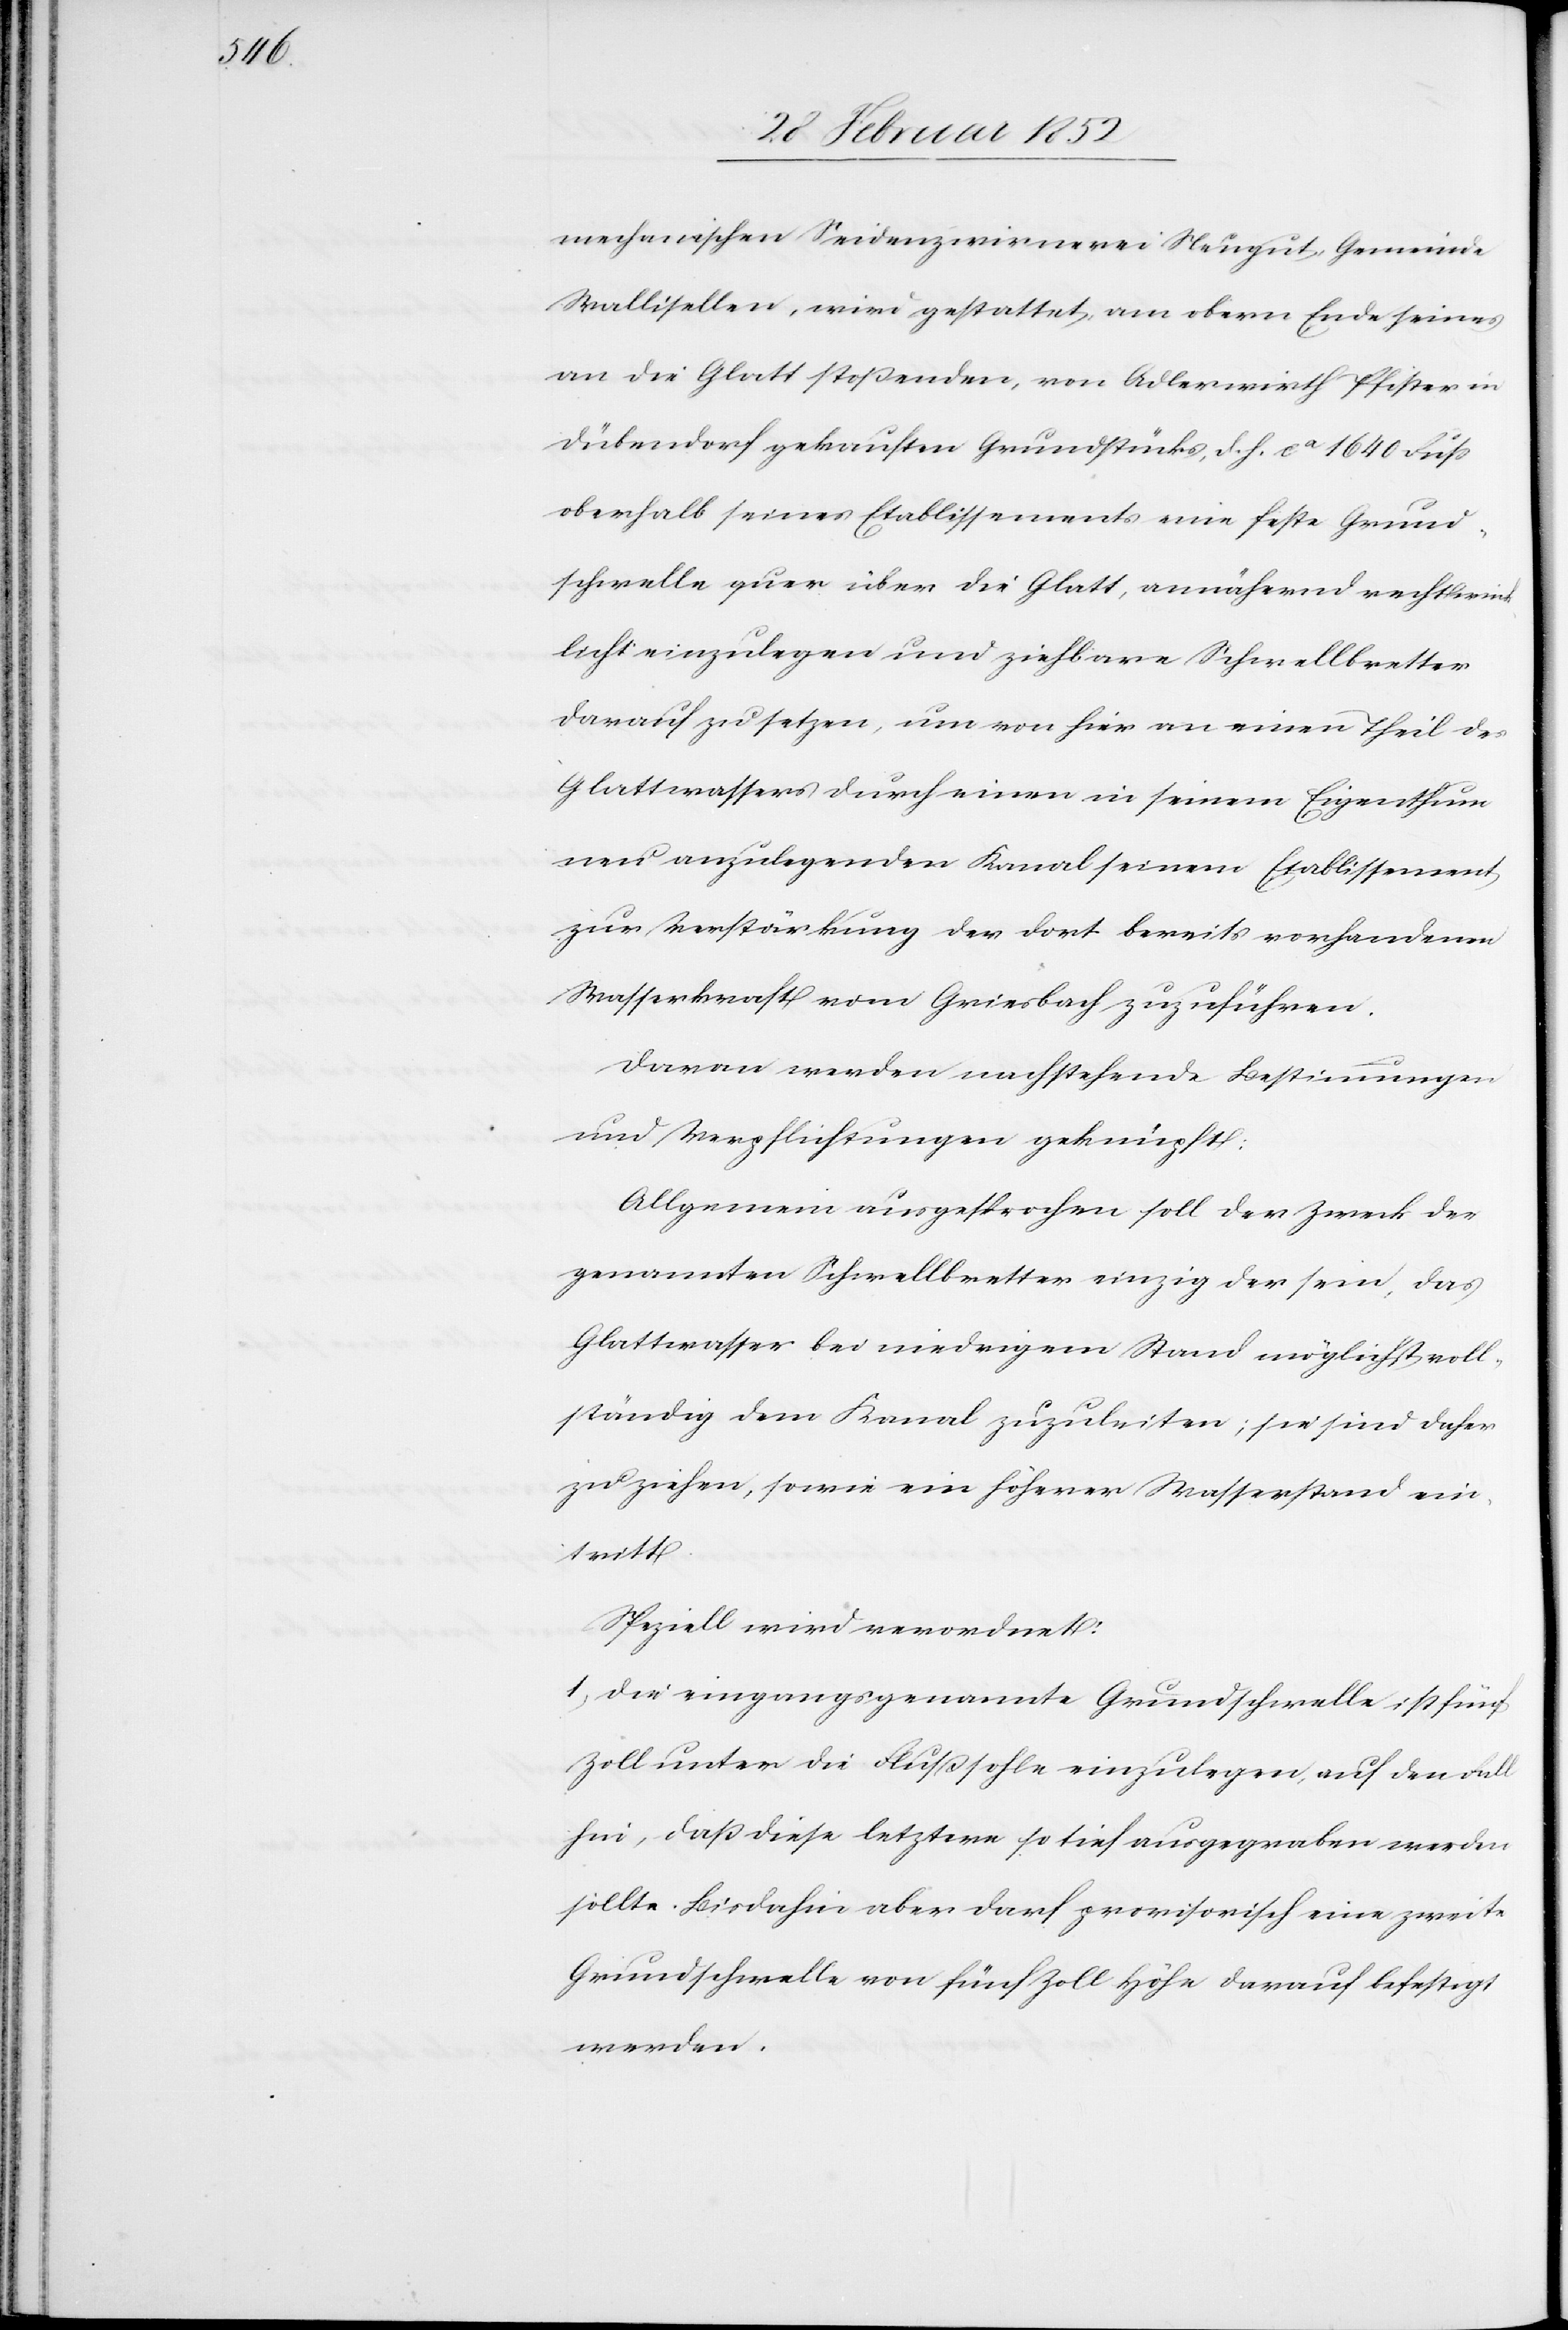
mechanischen Seidenzwirnerei Neugut, Gemeinde
Wallisellen, wird gestattet, am obern Ende seines
an die Glatt stoßenden, von Adlerwirth Pfister in
Dübendorf gekauften Grundstückes, d. h. ca 1640 Fuß
oberhalb seines Etablissements eine feste Grund¬
schwelle quer über die Glatt, annähernd rechtwinck¬
licht einzulegen und ziehbare Schwellbretter
darauf zu setzen, um von hier an einen Theil des
Glattwassers durch einen in seinem Eigenthum
neu anzulegenden Kanal seinem Etablissement
zur Verstärkung der dort bereits vorhandenen
Wasserkraft vom Griesbach zuzuführen.
Daran werden nachstehende Bestimmungen
und Verpflichtungen geknüpft:
Allgemein ausgesprochen soll der Zweck der
genannten Schwellbretter einzig der sein, das
Glattwasser bei niedrigem Stand möglichst voll¬
ständig dem Kanal zuzuleiten; sie sind daher
zu ziehen, sowie ein höherer Wasserstand ein¬
tritt.
Speziell wird verordnet:
1) Die eingangsgenannte Grundschwelle ist fünf
Zoll unter die Flußsohle einzulegen, auf den Fall
hin, daß diese letztere so tief ausgegraben werden
sollte. Bisdahin aber darf provisorisch eine zweite
Grundschwelle von fünf Zoll Höhe darauf befestigt
werden.